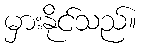
မှားနိုင်သည်။